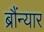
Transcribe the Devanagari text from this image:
ब्रौंन्यार